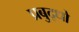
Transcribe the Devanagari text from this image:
प्रबुद्धो